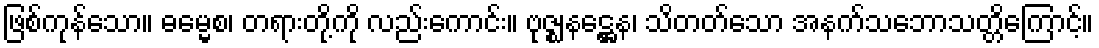
ဖြစ်ကုန်သော။ ဓမ္မေစ၊ တရားတို့ကို လည်းကောင်း။ ဗုဇ္ဈနဋ္ဌေန၊ သိတတ်သော အနက်သဘောသတ္တိကြောင့်။